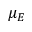
\mu _ { E }